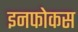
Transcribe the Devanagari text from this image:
इनफोकस